Lunatic asylums United Provinces 1909-1921 - 1909-1921
Year: 1909
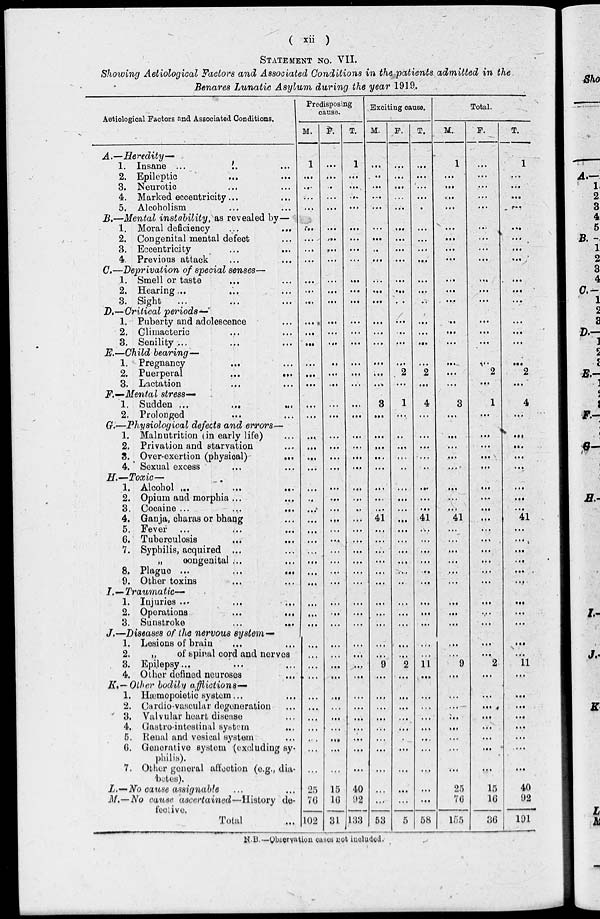
( xii )
STATEMENT NO. VII.
Showing Aetiological Factors and Associated Conditions in the patients admitted in the
Benares Lunatic Asylum during the year 1919.
Aetiological Factors and Associated Conditions.
A.—Heredity—
1. Insane ...
..
...
2. Epileptic ... ...
3. Neurotic ... ...
4. Marked eccentricity... ...
5. Alcoholism ... ...
B.—Mental instability, as revealed by—
1. Moral deficiency
...
...
2. Congenital mental defect ...
3. Eccentricity ... ...
4, Previous attack ... ...
C.—Deprivation of special senses—
1. Smell or taste ... ...
2. Hearing ... ... ...
3. Sight ... ... ...
D.—Critical periods—
1. Puberty and adolescence ...
2. Climacteric ... ...
3. Senility ... ... ...
E.—Child bearing—
1. Pregnancy ... ...
2. Puerperal
...
...
3. Lactation ... ...
F.—Mental
stress-
1. Sudden ...
...
...
2. Prolonged ... ...
G.—Physiological defects and errors—
1. Malnutrition (in early life) ...
2. Privation and starvation ...
3. Over-exertion (physical) ...
4. Sexual excess ... ...
H.—Toxic—
1. Alcohol ...
...
...
2. Opium and morphia ... ...
3. Cocaine ...
...
...
4. Ganja, charas or bhang ...
5. Fever ... ... ...
6. Tuberculosis ... ...
7. Syphilis, acquired
... ...
„
congenital ...
8. Plague ...
...
...
9. Other toxins ... ... ...
I.—Traumatic—
1. Injuries ... ... ...
2. Operations
...
...
3. Sunstroke ... ...
J.—Diseases of the nervous system—
1. Lesions of brain ... ...
2.
„
of spinal cord and nerves
3. Epilepsy... ... ...
4. Other defined neuroses ...
K. —Other bodily afflictions—
1. Hæmopoietic system...
2. Cardio-vascular degeneration...
3. Valvular heart disease ...
4. Gastro-intcstinal system ...
5. Renal and vesical system ...
6. Generative system (excluding sy-
philis).
7. Other general affection (e.g., dia¬
'betes).
L.—No cause assignable ... ...
M.—No cause ascertained—History de-
fective.
Total ...
Predisposing
cause.
M.
1
...
...
...
...
...
...
...
...
...
...
...
...
...
...
...
...
...
...
...
...
...
...
...
...
...
...
...
...
...
...
...
...
...
...
...
...
...
...
...
...
...
...
...
...
...
...
...
25
76
102
F.
...
...
...
...
...
...
...
...
...
...
...
...
...
...
...
...
...
...
...
...
...
...
...
...
...
...
...
...
...
...
...
...
...
...
...
...
...
...
...
...
...
...
...
...
...
...
...
...
15
16
31
T.
1
...
...
...
...
...
...
...
...
...
...
...
...
...
...
...
...
...
...
...
...
...
...
...
...
...
...
...
...
...
...
...
...
...
...
...
...
...
...
...
...
...
...
...
...
...
...
...
40
92
133
Exciting cause.
M.
...
...
...
...
...
...
...
...
...
...
...
...
...
...
...
...
...
...
3
...
...
...
...
...
...
...
...
41
...
...
...
...
...
...
...
...
...
...
...
9
...
...
...
...
...
...
...
...
...
...
53
F.
...
...
...
...
...
...
...
...
...
...
...
...
...
...
...
...
2
...
1
...
...
...
...
...
...
...
...
...
...
...
...
...
...
...
...
...
...
...
...
2
...
...
...
...
...
...
...
...
...
...
5
T.
...
...
...
...
...
...
...
...
...
...
...
...
...
...
...
...
2
...
4
...
...
...
...
...
...
...
...
41
...
...
...
...
...
...
...
...
...
...
...
11
...
...
...
...
...
...
...
...
...
...
58
Total.
M.
1
...
...
...
...
...
...
...
. ..
....
...
...
...
...
...
...
...
...
3
...
...
...
...
...
...
...
...
41
...
...
...
...
...
...
...
...
...
...
...
9
...
...
...
...
...
...
...
...
25
76
155
F.
...
...
...
...
...
...
...
...
...
...
...
...
...
...
...
...
2
...
1
...
...
...
...
...
...
...
...
...
...
...
...
...
...
...
...
...
...
...
...
2
...
...
...
...
...
...
...
...
15
16
36
T.
1
...
...
...
...
...
...
...
...
...
...
...
...
...
...
...
2
...
4
...
...
...
...
...
...
...
...
41
...
...
...
...
...
...
...
...
...
...
...
11
...
...
...
...
...
...
...
...
40
92
191
N.B.— Observation cases not included.